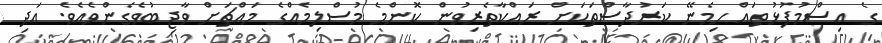
ގެ އިސްމުފުޅުތައް ހިމެނޭ ކަރުދާސްތަކަށް ރައްކާތެރިވުން ކޮންމެ މުސްލިމެއްގެ މައްޗަށް ވާޖިބުވެގެންވެއެވެ. އަދި